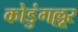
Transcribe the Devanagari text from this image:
कोडुंगल्लूर